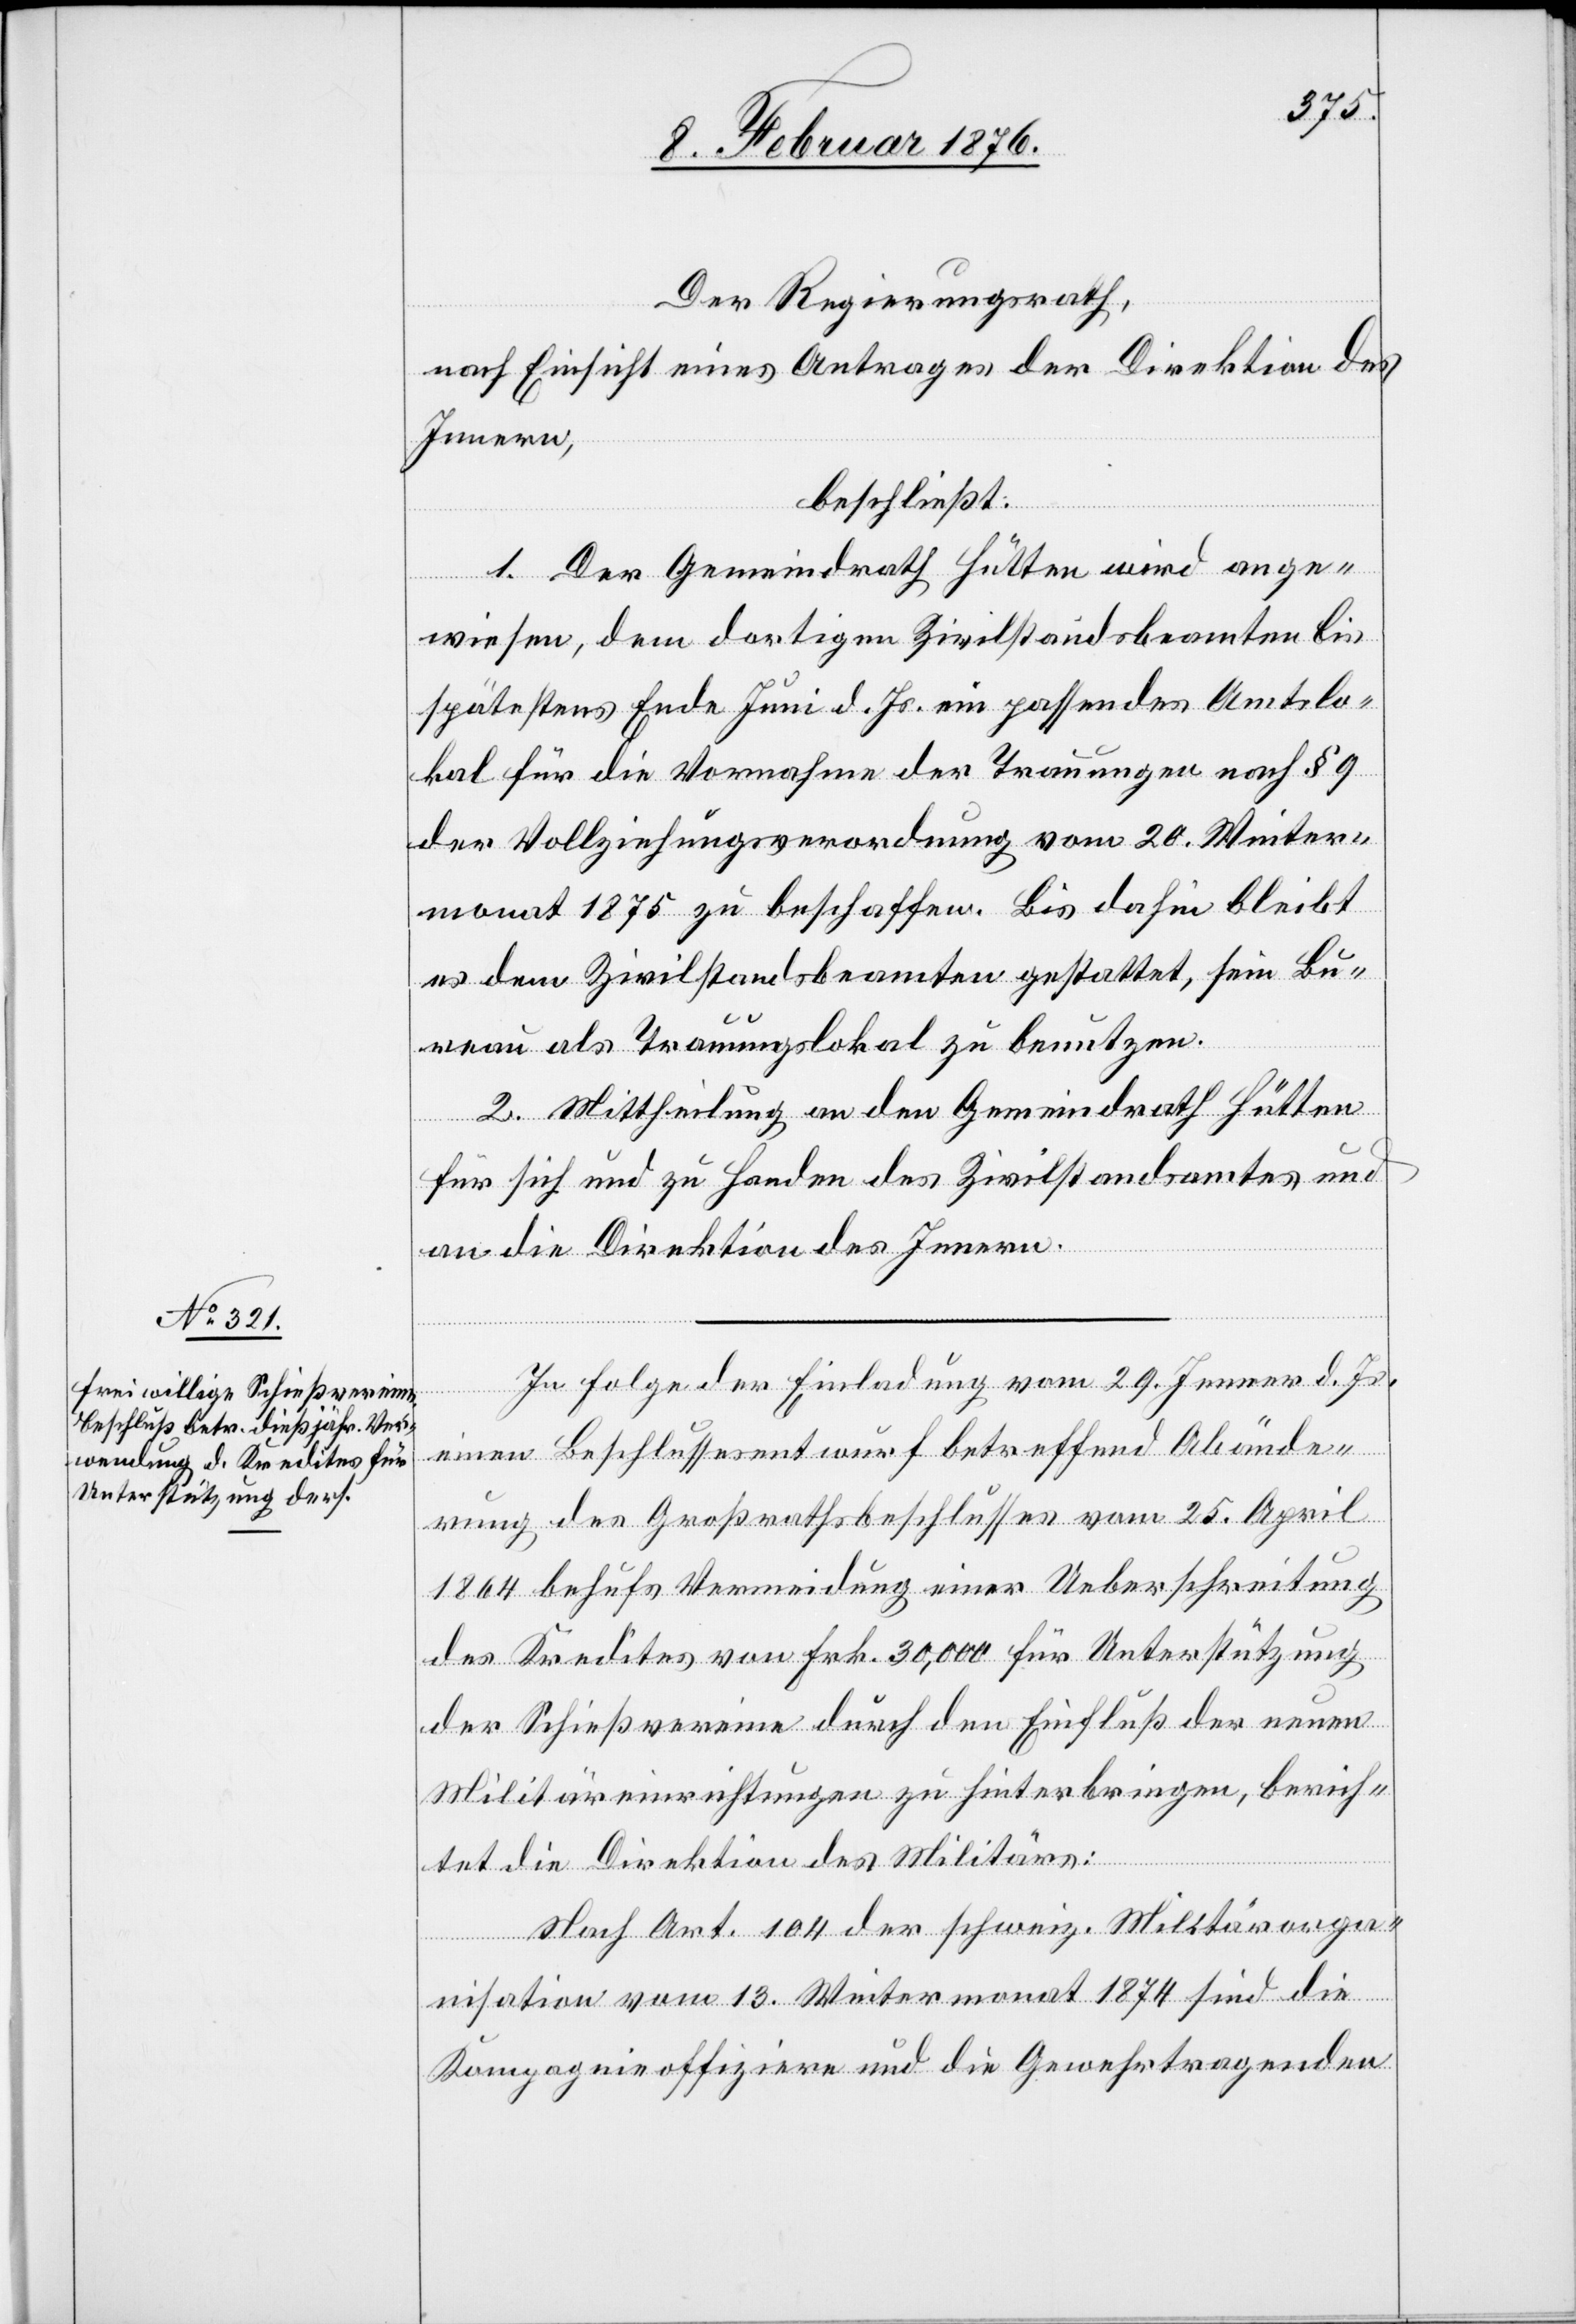
Der Regierungsrath,
nach Einsicht eines Antrages der Direktion des
Innern,
beschließt:
1. Der Gemeinderath Hütten wird ange¬
wiesen, dem dortigen Zivilstandsbeamten bis
spätestens Ende Juni d. J. ein passendes Amtslo¬
kal für die Vornahme der Trauungen nach § 9
der Vollziehungsverordnung vom 20. Winter¬
monat 1875 zu beschaffen. Bis dahin bleibt
es dem Zivilstandsbeamten gestattet, sein Bu¬
reau als Trauungslokal zu benutzen.
2 Mittheilung an den Gemeinderath Hütten
für sich und zu Handen des Zivilstandsbeamten und
an die Direktion des Innern.
In folgender Einladung vom 29. Jenner d. J.
einen Beschlussesentwurf betreffend Abände¬
rung des Großrathsbeschlusses vom 25. April
1864 behufs Vermeidung einer Ueberschreitung
des Kredites von Frk. 30,000 für Unterstützung
der Schießvereine durch den Einfluß der neuen
Militäreinrichtungen zu hinterbringen, berich¬
tet die Direktion des Militärs:
Nach Art. 104 der schweiz. Militärorga¬
nisation vom 13. Wintermonat 1874 sind die
Kompagnieoffiziere und die Gewehrtragenden